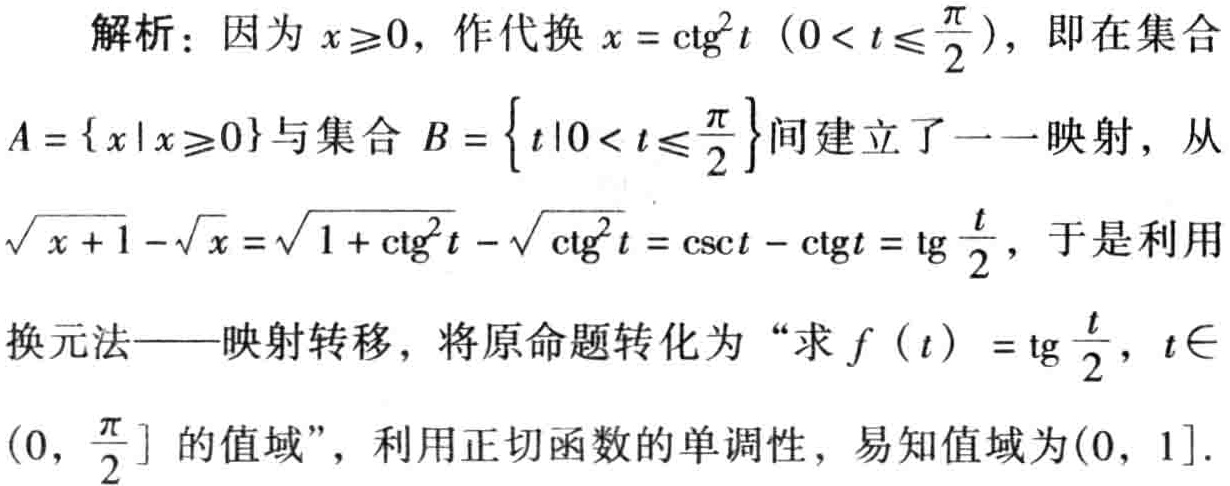
解析：因为 \(x\geqslant0\)，作代换 \(x = \mathrm{ctg}^{2}t\ (0 < t\leqslant\frac{\pi}{2})\)，即在集合
\(A = \{x|x\geqslant0\}\)与集合 \(B = \{t|0 < t\leqslant\frac{\pi}{2}\}\)间建立了一一映射，从
\(\sqrt{x + 1}-\sqrt{x}=\sqrt{1 + \mathrm{ctg}^{2}t}-\sqrt{\mathrm{ctg}^{2}t}=\mathrm{csc}t - \mathrm{ctg}t=\mathrm{tg}\frac{t}{2}\)，于是利用
换元法——映射转移，将原命题转化为“求 \(f(t)=\mathrm{tg}\frac{t}{2}\)，\(t\in\)
\((0,\frac{\pi}{2}]\)的值域”，利用正切函数的单调性，易知值域为\((0,1]\).